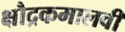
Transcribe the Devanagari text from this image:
क्षौद्रकमालवी